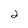
Character: 2